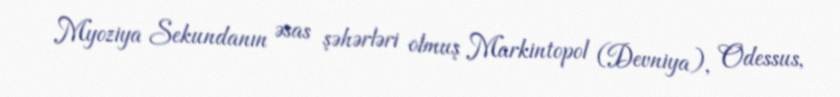
Myoziya Sekundanın əsas şəhərləri olmuş Markintopol (Devniya), Odessus,